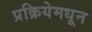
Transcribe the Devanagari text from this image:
प्रक्रियेमधून